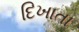
દિખાતા